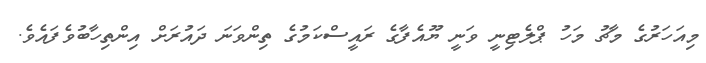
މިއަހަރުގެ މާޗު މަހު ޕްލެޓިނީ ވަނީ ޔޫއެފާގެ ރައީސްކަމުގެ ތިންވަނަ ދައުރަށް އިންތިހާބުވެފައެވެ.